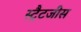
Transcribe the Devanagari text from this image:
स्ट्रैटजीस